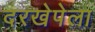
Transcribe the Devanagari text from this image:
दरखेपेला